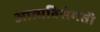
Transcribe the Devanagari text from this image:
आत्मविसंगती